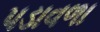
પડાવળા